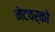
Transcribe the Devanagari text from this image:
नेटवर्को